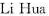
Li Hua